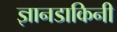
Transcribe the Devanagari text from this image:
ज्ञानडाकिनी